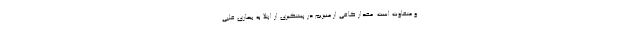
و متفاوت است. مقدار کافی از منیزیم در پیشگیری از ابتلا به بیماری قلبی